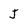
Character: J